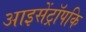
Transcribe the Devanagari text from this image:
आइसेंट्रॉपकि